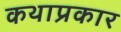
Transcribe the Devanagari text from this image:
कथाप्रकार